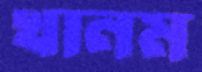
খানম